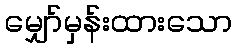
မျှော်မှန်းထားသော